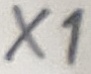
Text: X1